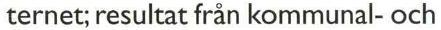
ternet; resultat från kommunal- och